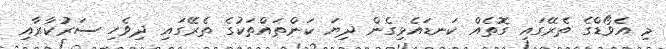
މި އެވޯޑްގެ ތެރޭގައި ގޮތެއް ކަނޑައެޅިގެން ދިޔަ ކަންތައްތަކުގެ ތެރޭގައި ދިވެހި ސަރުކާރާއި